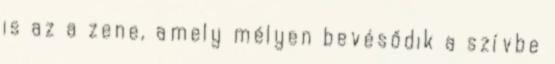
is az a zene, amely mélyen bevésődik a szívbe